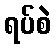
ရပ်စဲ